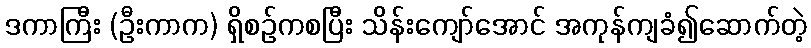
ဒကာကြီး (ဦးကာက) ရှိစဉ်ကစပြီး သိန်းကျော်အောင် အကုန်ကျခံ၍ဆောက်တဲ့